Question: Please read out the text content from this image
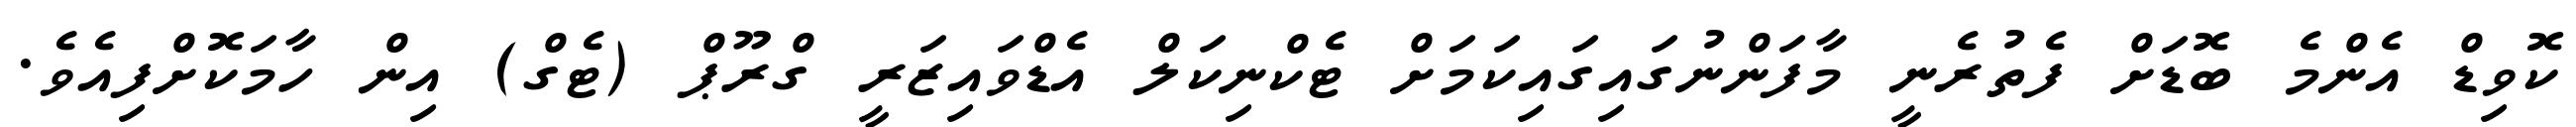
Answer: ކޮވިޑް އެންމެ ބޮޑަށް ފެތުރެނީ މާފަންނުގައިގައިކަމަށް ޓެކްނިކަލް އެޑްވައިޒަރީ ގްރޫޕް (ޓެގް) އިން ހާމަކޮށްފިއެވެ.